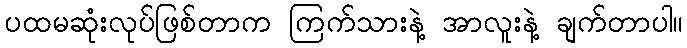
ပထမဆုံးလုပ်ဖြစ်တာက ကြက်သားနဲ့ အာလူးနဲ့ ချက်တာပါ။